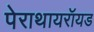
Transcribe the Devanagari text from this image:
पेराथायरॉयड